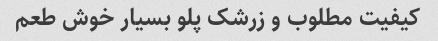
کیفیت مطلوب و زرشک پلو بسیار خوش طعم